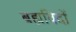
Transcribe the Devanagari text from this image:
ब्रह्मविदों